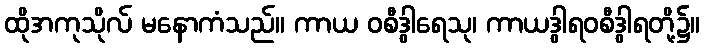
ထိုအကုသိုလ် မနောကံသည်။ ကာယ ဝစီဒွါရေသု၊ ကာယဒွါရဝစီဒွါရတို့၌။